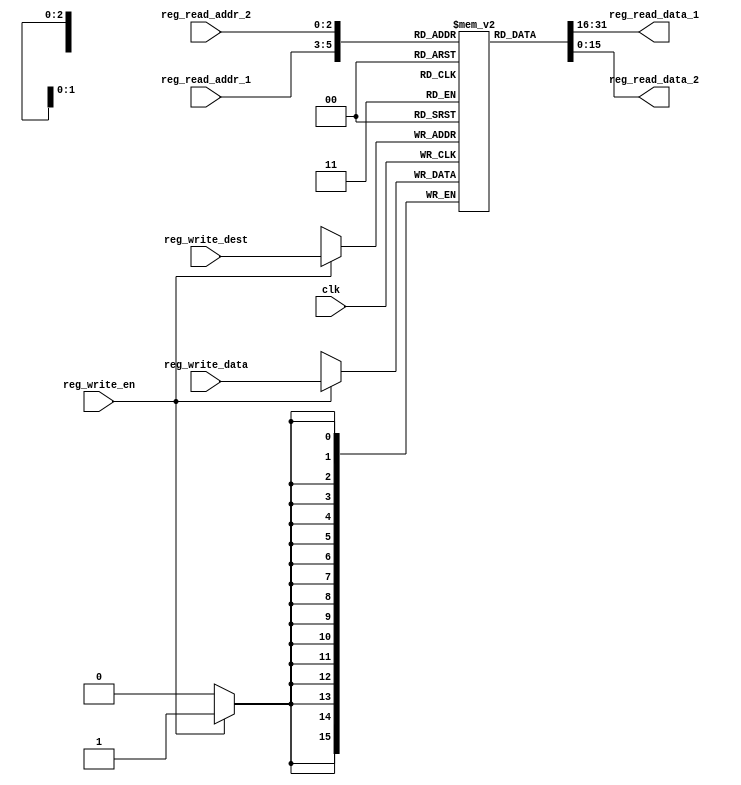
`timescale 1ns / 1ps

module GPRs(
 input    clk,
 // write port
 input    reg_write_en,
 input  [2:0] reg_write_dest,
 input  [15:0] reg_write_data,
 //read port 1
 input  [2:0] reg_read_addr_1,
 output  [15:0] reg_read_data_1,
 //read port 2
 input  [2:0] reg_read_addr_2,
 output  [15:0] reg_read_data_2
);

 reg [15:0] reg_array [7:0];
 integer i;
 
 // write port
 //reg [2:0] i;
 initial begin
  for(i=0;i<8;i=i+1)
   reg_array[i] <= 16'd0;
 end
 always @ (posedge clk ) begin
   if(reg_write_en) begin
    reg_array[reg_write_dest] <= reg_write_data;
   end
 end
 

 assign reg_read_data_1 = reg_array[reg_read_addr_1];
 assign reg_read_data_2 = reg_array[reg_read_addr_2];


endmodule